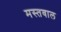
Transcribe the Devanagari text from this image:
मस्तवाल